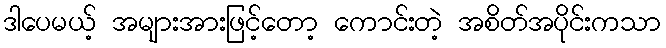
ဒါပေမယ့် အများအားဖြင့်တော့ ကောင်းတဲ့ အစိတ်အပိုင်းကသာ